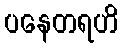
ပနေတရဟိ